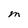
Character: M